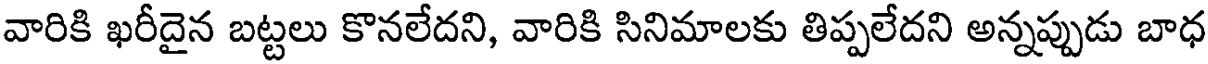
వారికి ఖరీదైన బట్టలు కొనలేదని, వారికి సినిమాలకు తిప్పలేదని అన్నప్పుడు బాధ